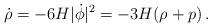
LaTeX: \begin{align*}\dot \rho =-6H|\dot \phi|^2=-3H(\rho +p)\,.\end{align*}